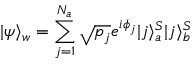
| \psi \rangle _ { w } = \sum _ { j = 1 } ^ { N _ { a } } \sqrt { p _ { j } } e ^ { i \phi _ { j } } | j \rangle _ { a } ^ { S } | j \rangle _ { b } ^ { S }